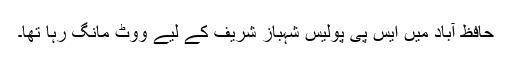
حافظ آباد میں ایس پی پولیس شہباز شریف کے لیے ووٹ مانگ رہا تھا۔